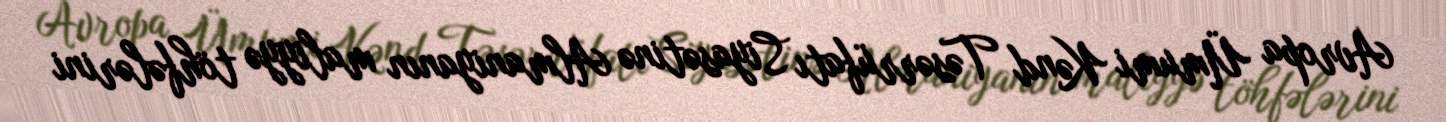
Avropa Ümumi Kənd Təsərrüfatı Siyasətinə Almaniyanın maliyyə töhfələrini